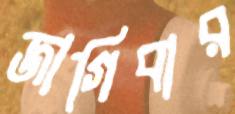
জাগিবার